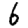
Digit: 6